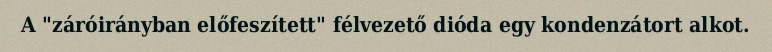
A "záróirányban előfeszített" félvezető dióda egy kondenzátort alkot.